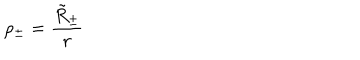
\rho _ { \pm } = \frac { \tilde { R } _ { \pm } } { r }